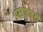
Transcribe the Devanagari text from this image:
प्रस्तानवती